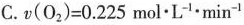
C.$$v ( O _ { 2 } ) = 0 . 2 2 5 m o l \cdot L ^ { - 1 } \cdot m i n ^ { - 1 }$$